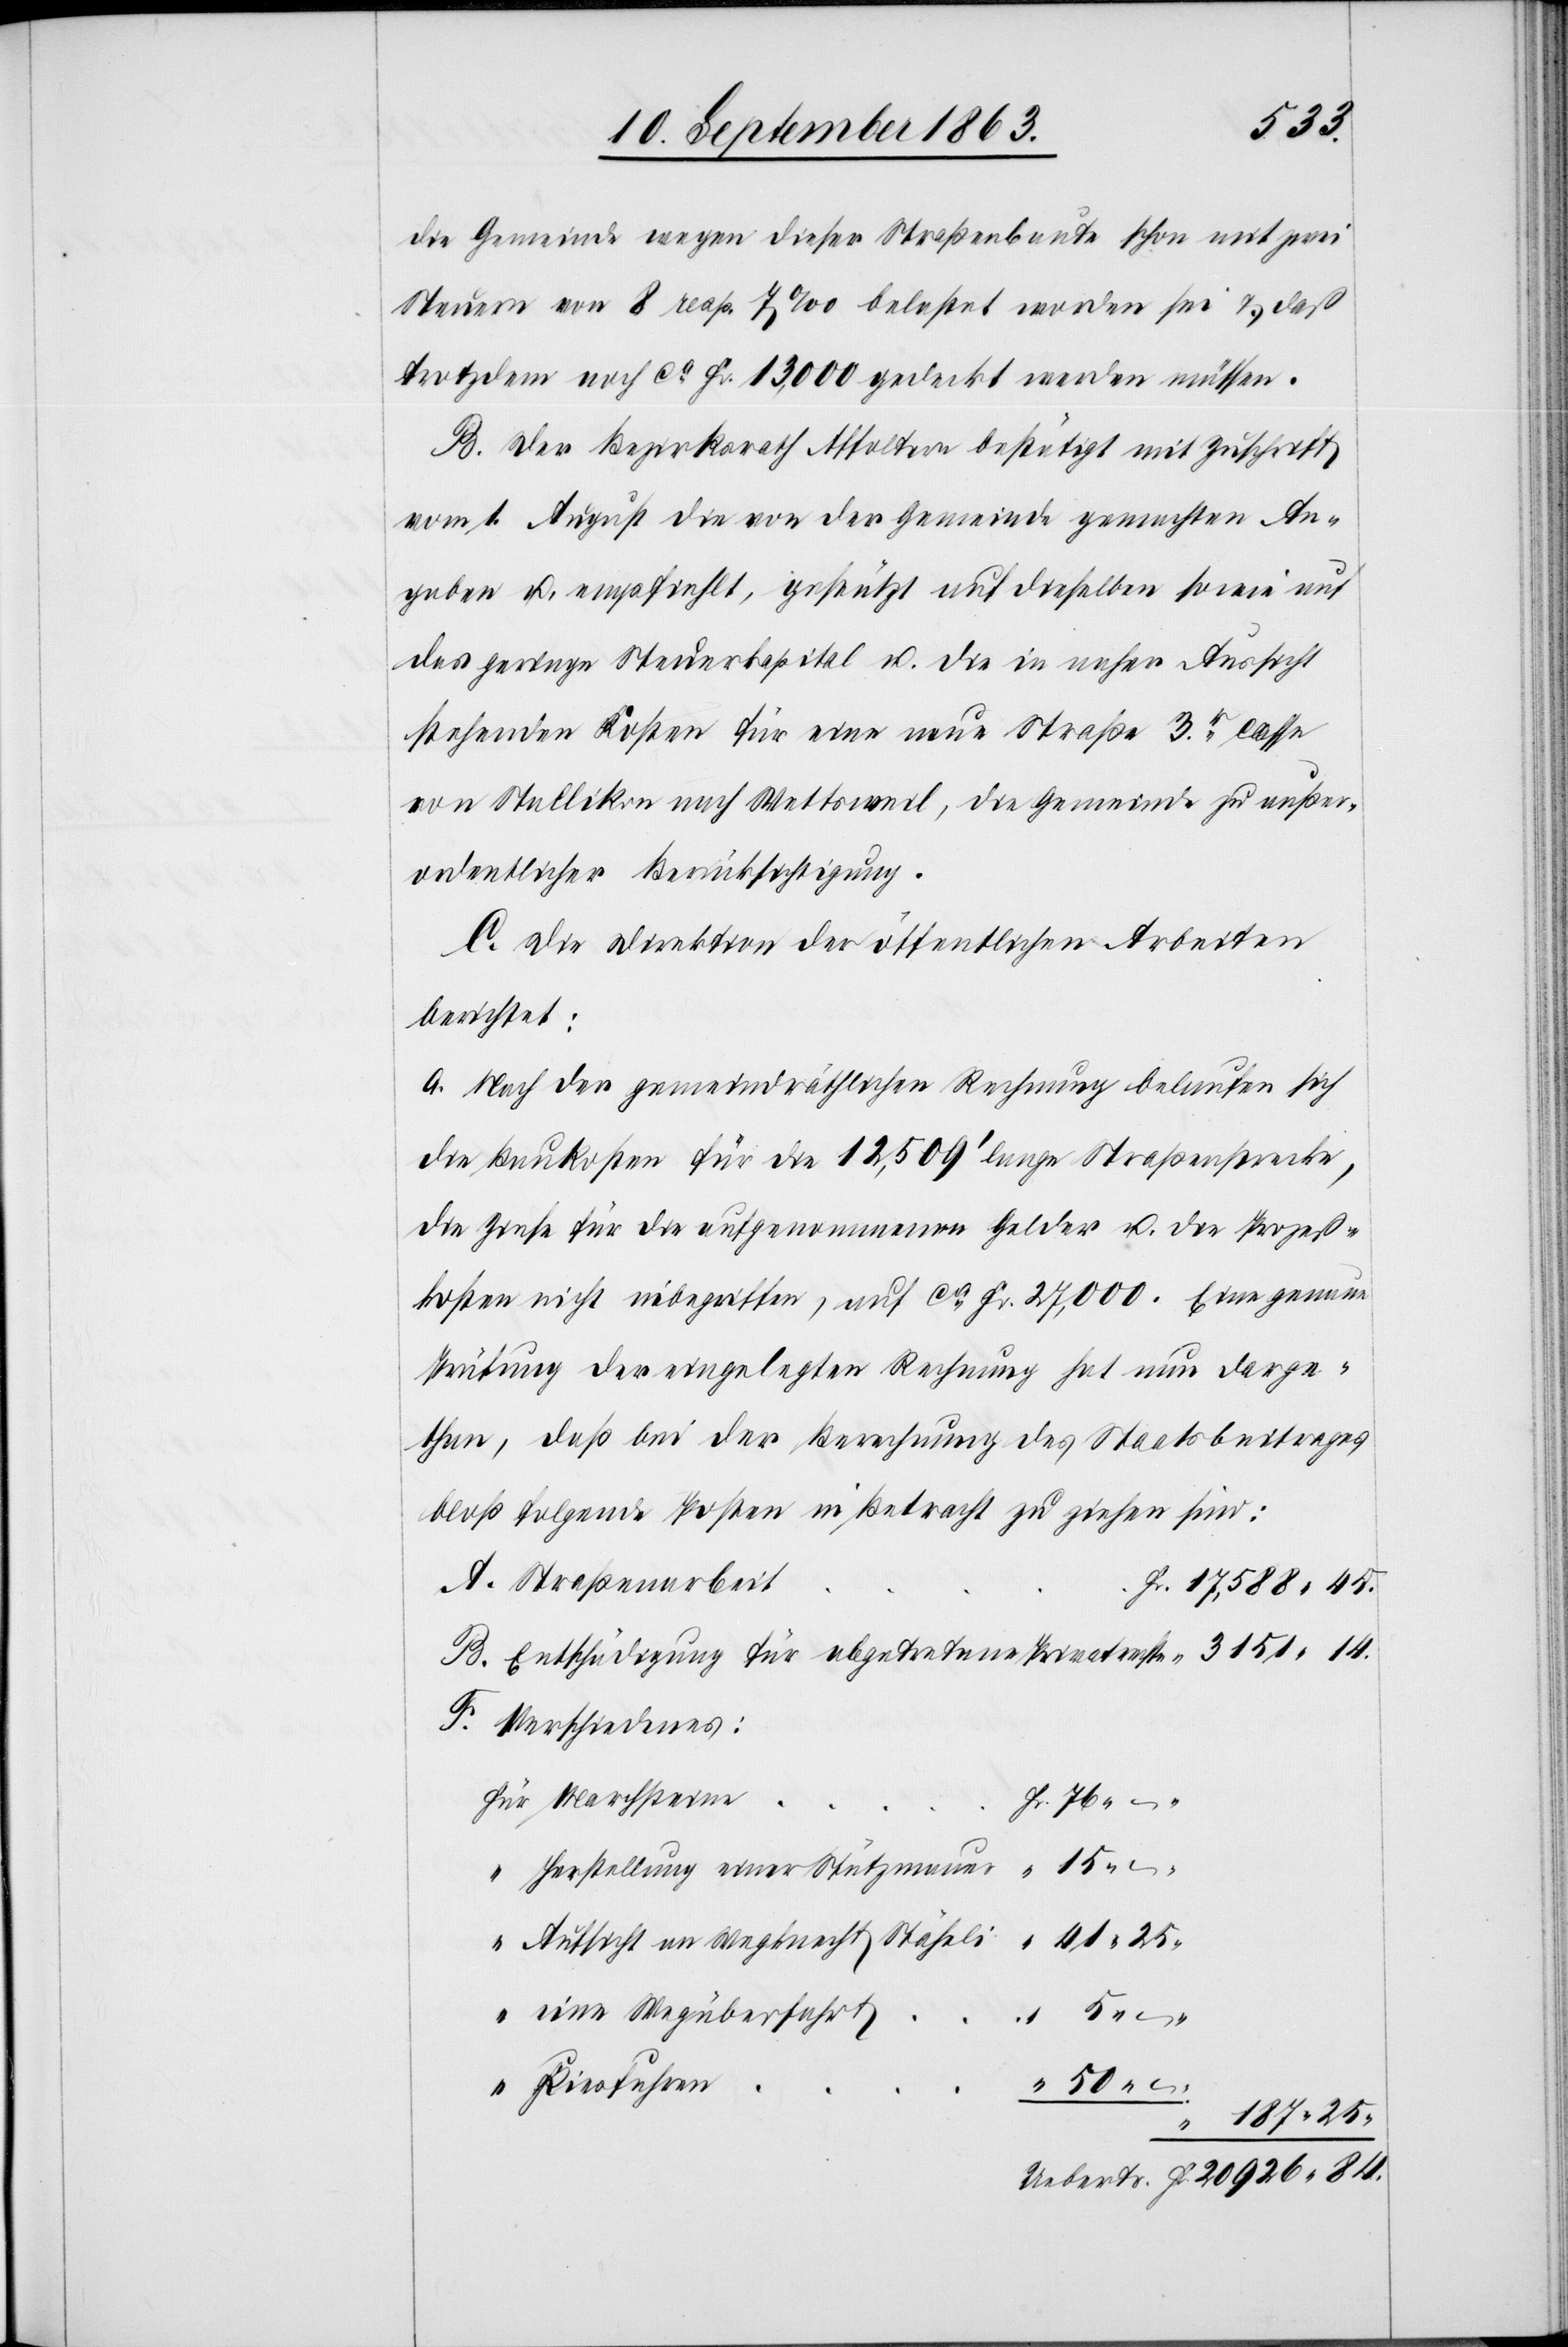
die Gemeinde wegen dieser Straßenbaute schon mit zwei
Steuern von 8 resp. 7‰ belastet worden sei & daß
trotzdem noch ca Fr. 13,000 gedeckt werden müssen.
B. Der Bezirksrath Affoltern bestätigt mit Zuschrift
vom 1. August die von der Gemeinde gemachten An¬
gaben u. empfiehlt, gestützt auf dieselben sowie auf
das geringe Steuerkapital u. die in naher Aussicht
stehenden Kosten für eine neue Straße 3r. Classe
von Stallikon nach Wettsweil, die Gemeinde zu außer¬
ordentlicher Berücksichtigung.
C. Die Direktion der öffentlichen Arbeiten
berichtet:
a. Nach der gemeindräthlichen Rechnung belaufen sich
die Baukosten für die 12,509' lange Straßenstrecke,
die Zinse für die aufgenommenen Gelder u. die Prozeß¬
kosten nicht inbegriffen, auf ca Fr. 27,000. Eine genaue
Prüfung der eingelegten Rechnung hat nun darge¬
than, daß bei der Berechnung des Staatsbeitrages
bloß folgende Posten in Betracht zu ziehen sind:
Verschiedenes:
Marchsteine
Herstellung einer Stützmauer
Aufsicht an Wegknecht Stählei
eine Wegüberfahrt
5. –.
Kiesfuhren
50.
187.25.